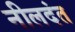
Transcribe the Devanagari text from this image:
नीलदंत